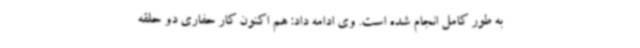
به طور کامل انجام شده است. وی ادامه داد: هم اکنون کار حفاری دو حلقه